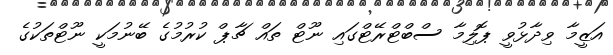
އަޒީމާ ވިދާޅުވީ ޕޮލިމާ ސްބްޓްރޭޓްގައި ނޫޓް ތައް ޗާޕް ކުރުމުގެ ބޭނުމަކީ ނޫޓްތަކުގެ